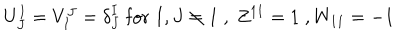
U _ { J } ^ { I } = V _ { I } ^ { J } = { \delta } _ { J } ^ { I } \; \mathrm { f o r } \; I , J \neq 1 \; , \; Z ^ { 1 1 } = 1 \; , W _ { 1 1 } = - 1